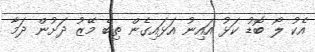
އެކު ލޯ ބޮޑު ކަޅު އައިނު އަޅައިގެން ތިބެ މޭޒު ދަށުން ދަމާ